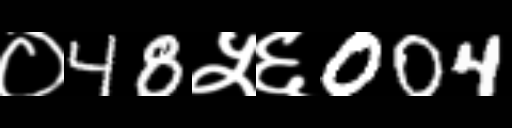
Text: ०48५६004